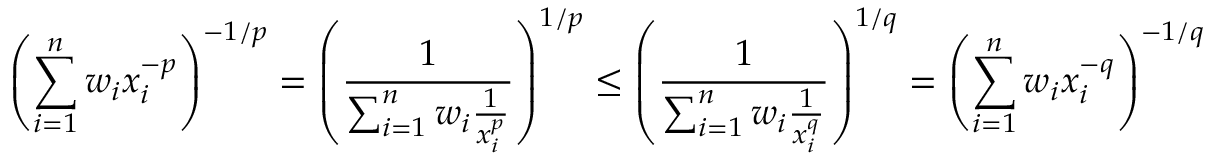
\left( \sum _ { i = 1 } ^ { n } w _ { i } x _ { i } ^ { - p } \right) ^ { - 1 / p } = \left( { \frac { 1 } { \sum _ { i = 1 } ^ { n } w _ { i } { \frac { 1 } { x _ { i } ^ { p } } } } } \right) ^ { 1 / p } \leq \left( { \frac { 1 } { \sum _ { i = 1 } ^ { n } w _ { i } { \frac { 1 } { x _ { i } ^ { q } } } } } \right) ^ { 1 / q } = \left( \sum _ { i = 1 } ^ { n } w _ { i } x _ { i } ^ { - q } \right) ^ { - 1 / q }